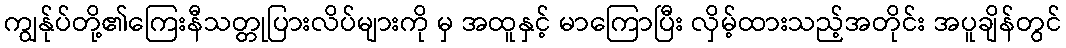
ကျွန်ုပ်တို့၏ကြေးနီသတ္တုပြားလိပ်များကို မှ အထူနှင့် မာကြောပြီး လှိမ့်ထားသည့်အတိုင်း အပူချိန်တွင်